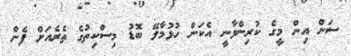
ސަން އިން މީގެ ކުރިންވާނީ އެކަން ހުޅުމާލޭ ބޮޑު މިސްކިތުގެ ތެރެއަށް ފެން